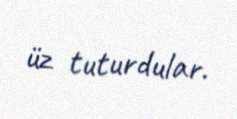
üz tuturdular.